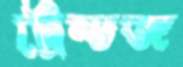
ট্রেন্ডজ